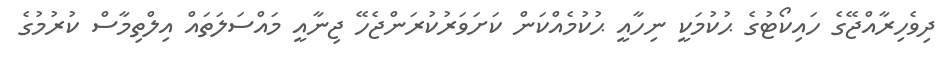
ދިވެހިރާއްޖޭގެ ހައިކޯޓުގެ ޙުކުމަކީ ނިހާއީ ޙުކުމެއްކަން ކަށަވަރުކުރަންޖެހޭ ޖިނާއީ މައްސަލަތައް އިލްތިމާސް ކުރުމުގެ